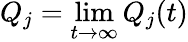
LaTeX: Q_{j}=\operatorname*{lim}_{t\to\infty}Q_{j}(t)